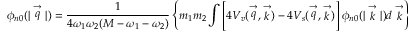
\phi _ { n 0 } ( | \stackrel { \rightarrow } { q } | ) = \frac { 1 } { 4 \omega _ { 1 } \omega _ { 2 } ( M - \omega _ { 1 } - \omega _ { 2 } ) } \left\{ m _ { 1 } m _ { 2 } \int \left[ 4 V _ { v } ( \stackrel { \rightarrow } { q } , \stackrel { \rightarrow } { k } ) - 4 V _ { s } ( \stackrel { \rightarrow } { q } , \stackrel { \rightarrow } { k } ) \right] \phi _ { n 0 } ( | \stackrel { \rightarrow } { k } | ) d \stackrel { \rightarrow } { k } \right\} .